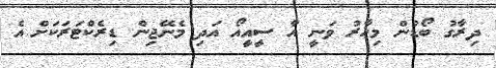
ދިރާގު ބޯޑުން މިހާރު ވަނީ އާ ސީއީއޯ އަދި މެނޭޖިން ޑިރެކްޓަރަކަށް އެ